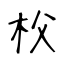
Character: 𣏤